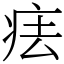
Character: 㾀